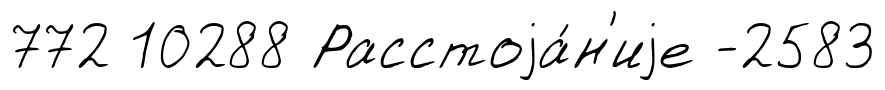
772 10288 Расстоjа́н'иjе -2583